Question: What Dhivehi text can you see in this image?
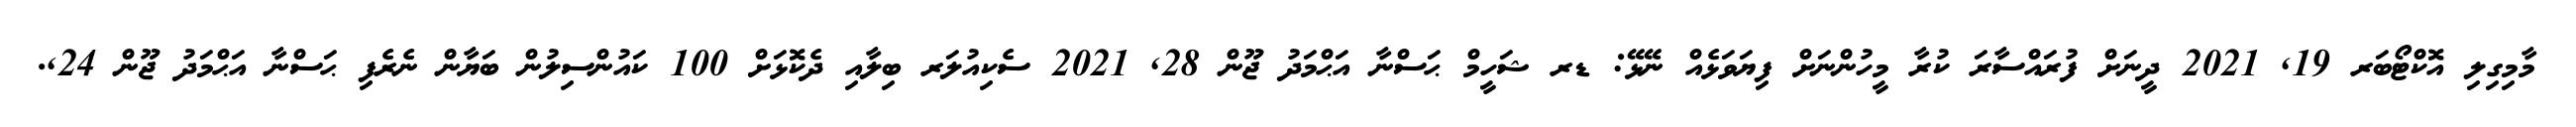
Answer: މާމިގިލި އޮކްޓޯބަރ 19, 2021 ދީނަށް ފުރައްސާރަ ކުރާ މީހުންނަށް ފިޔަވަޅެއް ނޭޅޭ: ޑރ ޝަހީމް ޙަސްނާ އަޙްމަދު ޖޫން 28, 2021 ސެކިއުލަރ ބިލާއި ދެކޮޅަށް 100 ކައުންސިލުން ބަޔާން ނެރެފި ޙަސްނާ އަޙްމަދު ޖޫން 24,.